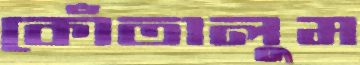
কোঁতালুম